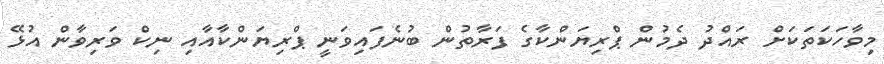
މިވާހަކަތަކަށް ރައްދު ދެމުން ޕްރިޔަންކާގެ ފަރާތުން ބުނެފައިވަނީ ޕްރިޔަންކާއާއި ނިކް ވަރިވާން އުޅޭ